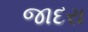
જાદરા